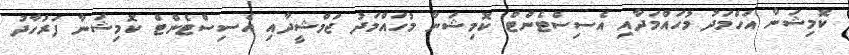
ކޮމިޝަނާ އަހްމަދު މުހައްމަދާއި އެސިސްޓެންޓް ކޮމިޝަނާ މުހައްމަދު ޖަމްޝީދާއި އެސިސްޓެންޓް ކޮމިޝަނާ ފަރުހާދު